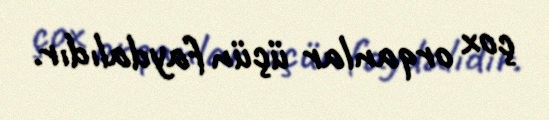
çox orqanlar üçün faydalıdır.